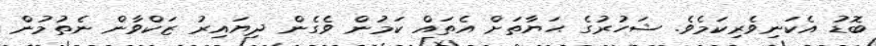
ބޮޑު އެކަނިވެރިކަމެވެ. ޝަހުރުގެ ޙަޔާތަށް އެތައް ކަމުން ވެގެން ދިޔައިރު ޒަކްވާން ނެތުމުން